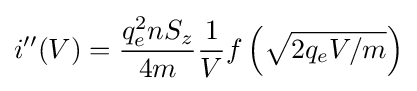
i^{\prime \prime }(V)={\frac {q_{e}^{2}nS_{z}}{4m}}{\frac {1}{V}}f\left({\sqrt {2q_{e}V/m}}\right)